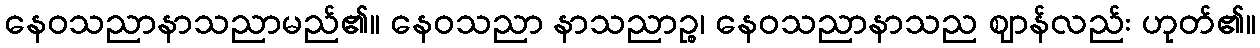
နေဝသညာနာသညာမည်၏။ နေဝသညာ နာသညာဉ္စ၊ နေဝသညာနာသည ဈာန်လည်း ဟုတ်၏။